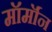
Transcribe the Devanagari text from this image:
मॉर्मॉन